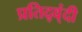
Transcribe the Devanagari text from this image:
प्रतिद्व्ंदी